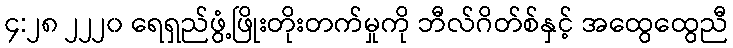
၄:၂၈ ၂၂၂၀ ရေရှည်ဖွံ့ဖြိုးတိုးတက်မှုကို ဘီလ်ဂိတ်စ်နှင့် အထွေထွေညီ